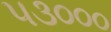
૫૩૦૦૦